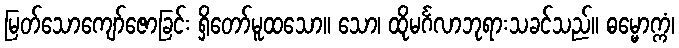
မြတ်သောကျော်ဇောခြင်း ရှိတော်မူထသော။ သော၊ ထိုမင်္ဂလာဘုရားသခင်သည်။ ဓမ္မောက္ကံ၊